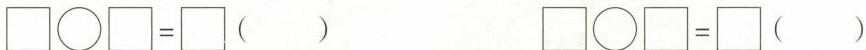
$$\Box \bigcirc \Box = \Box$$ （） $$\Box \bigcirc \Box = \Box$$ （）